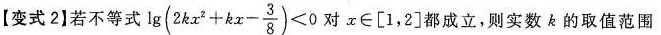
【变式2】若不等式 $$ \lg(2kx^{2} + kx -